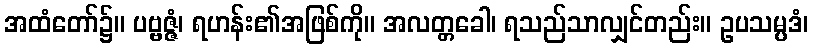
အထံတော်၌။ ပဗ္ဗဇ္ဇံ၊ ရဟန်း၏အဖြစ်ကို။ အလတ္တခေါ၊ ရသည်သာလျှင်တည်း။ ဥပသမ္ပဒံ၊